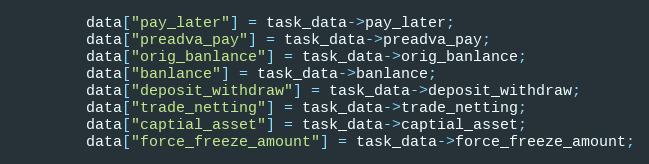
Language: C++
		data["pay_later"] = task_data->pay_later;
		data["preadva_pay"] = task_data->preadva_pay;
		data["orig_banlance"] = task_data->orig_banlance;
		data["banlance"] = task_data->banlance;
		data["deposit_withdraw"] = task_data->deposit_withdraw;
		data["trade_netting"] = task_data->trade_netting;
		data["captial_asset"] = task_data->captial_asset;
		data["force_freeze_amount"] = task_data->force_freeze_amount;